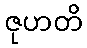
ဇုဟတိ